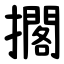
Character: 擱